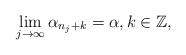
LaTeX: \begin{align*}\lim_{j\to \infty}\alpha_{n_j+k}=\alpha, k \in \mathbb Z,\end{align*}